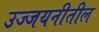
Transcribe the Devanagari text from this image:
उज्जयनीतील